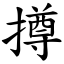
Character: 撙